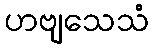
ဟဗျသေသံ